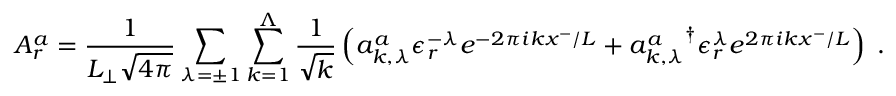
A _ { r } ^ { a } = \frac { 1 } { L _ { \perp } \sqrt { 4 \pi } } \sum _ { \lambda = \pm 1 } \sum _ { k = 1 } ^ { \Lambda } \frac { 1 } { \sqrt { k } } \left( a _ { k , \lambda } ^ { a } \epsilon _ { r } ^ { - \lambda } e ^ { - 2 \pi i k x ^ { - } / L } + { a _ { k , \lambda } ^ { a } } ^ { \dag } \epsilon _ { r } ^ { \lambda } e ^ { 2 \pi i k x ^ { - } / L } \right) \; .